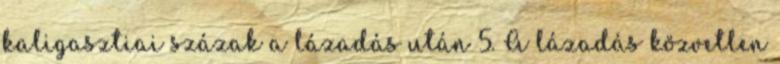
kaligasztiai százak a lázadás után 5. A lázadás közvetlen